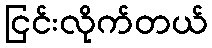
ငြင်းလိုက်တယ်